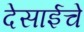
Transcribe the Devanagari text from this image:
देसाईचे